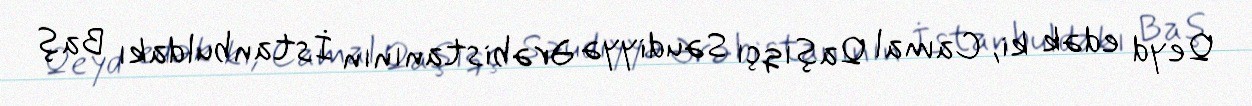
Qeyd edək ki, Camal Qaşıqçı Səudiyyə Ərəbistanının İstanbuldakı Baş